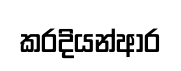
කරදියන්ආර